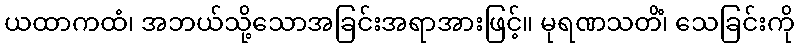
ယထာကထံ၊ အဘယ်သို့သောအခြင်းအရာအားဖြင့်။ မုရဏသတိံ၊ သေခြင်းကို